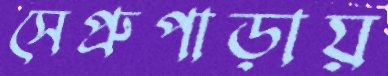
সেপ্রুপাড়ায়